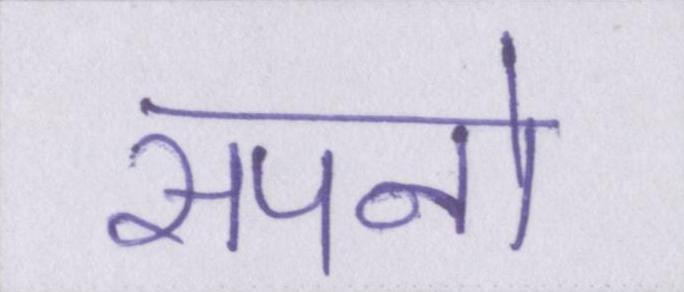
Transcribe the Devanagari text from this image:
सपनो